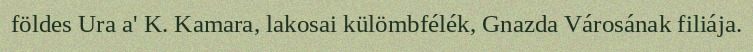
földes Ura a' K. Kamara, lakosai külömbfélék, Gnazda Városának filiája.